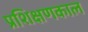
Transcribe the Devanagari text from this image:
प्रशिक्षणकाल